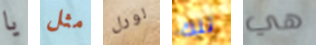
يا مثل لورل تلك هي